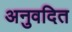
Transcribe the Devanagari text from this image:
अनुवदित